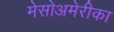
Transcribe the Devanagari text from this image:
मेसोअमेरीका